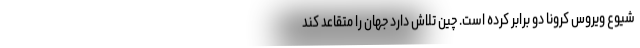
شیوع ویروس کرونا دو برابر کرده است. چین تلاش دارد جهان را متقاعد کند